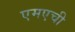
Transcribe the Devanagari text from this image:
एमएची